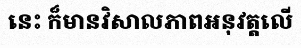
នេះ ក៏មានវិសាលភាពអនុវត្តលើ